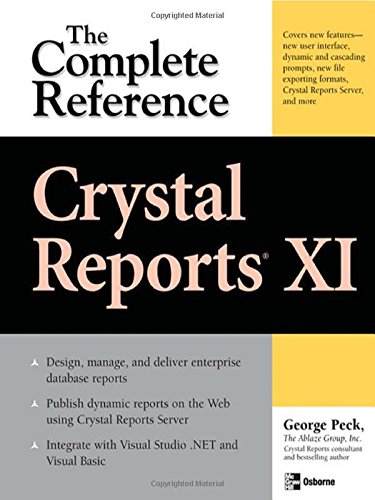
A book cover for Crystal Reports XI: The Complete Reference (Osborne Complete Reference Series); George Peck; Computers & Technology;